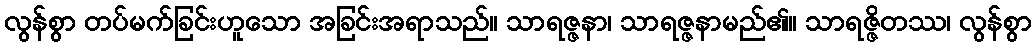
လွန်စွာ တပ်မက်ခြင်းဟူသော အခြင်းအရာသည်။ သာရဇ္ဇနာ၊ သာရဇ္ဇနာမည်၏။ သာရဇ္ဇိတဿ၊ လွန်စွာ